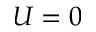
U = 0